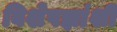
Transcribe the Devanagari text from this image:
विशेषज्ञांशी